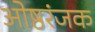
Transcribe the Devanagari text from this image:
ओष्ठरंजक